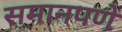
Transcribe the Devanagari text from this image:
समानपणे